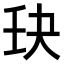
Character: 𫡘